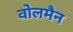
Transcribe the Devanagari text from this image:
वोलमैन